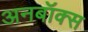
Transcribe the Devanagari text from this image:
अनबॉक्स